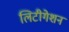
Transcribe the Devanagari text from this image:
लिटीगेशन